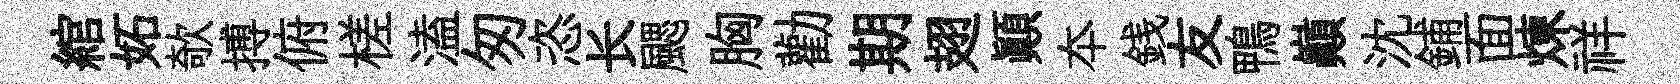
綰妬欹搏俯槎溘匆恣长颸胸勸期翅顛夲銭友鴨巔沈鋪面煉祥